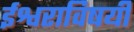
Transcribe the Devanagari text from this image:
ईश्वराविषयी